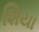
શિયા